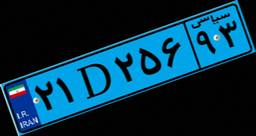
۷۲D۴۶۲۵۷